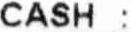
CASH :